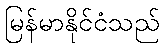
မြန်မာနိုင်ငံသည်